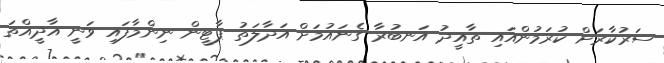
ސަރުކާރަށް ކުރަމުންއައި ތާއީދު އަނބުރާ ގެނައުމަށް އަދާލަތު ޕާޓީން ނިންމާފައި ވަނީ އާދީއްތަ